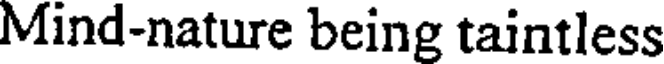
Mind-nature being taintless